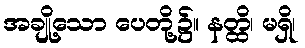
အချို့သော ပေတို့၌။ နတ္ထိ၊ မရှိ၊